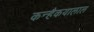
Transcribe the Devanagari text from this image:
कन्हैकयालाल